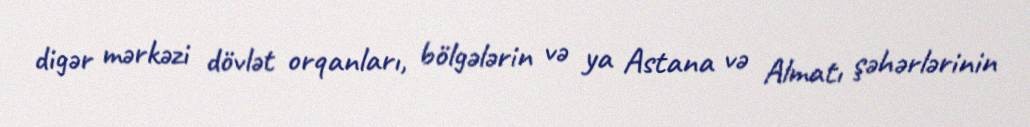
digər mərkəzi dövlət orqanları, bölgələrin və ya Astana və Almatı şəhərlərinin